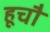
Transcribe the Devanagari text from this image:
हूचौ